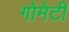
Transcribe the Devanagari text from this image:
गोमेटी